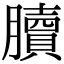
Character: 𦢌